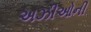
અઝીઓની